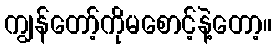
ကျွန်တော့်ကိုမစောင့်နဲ့တော့။